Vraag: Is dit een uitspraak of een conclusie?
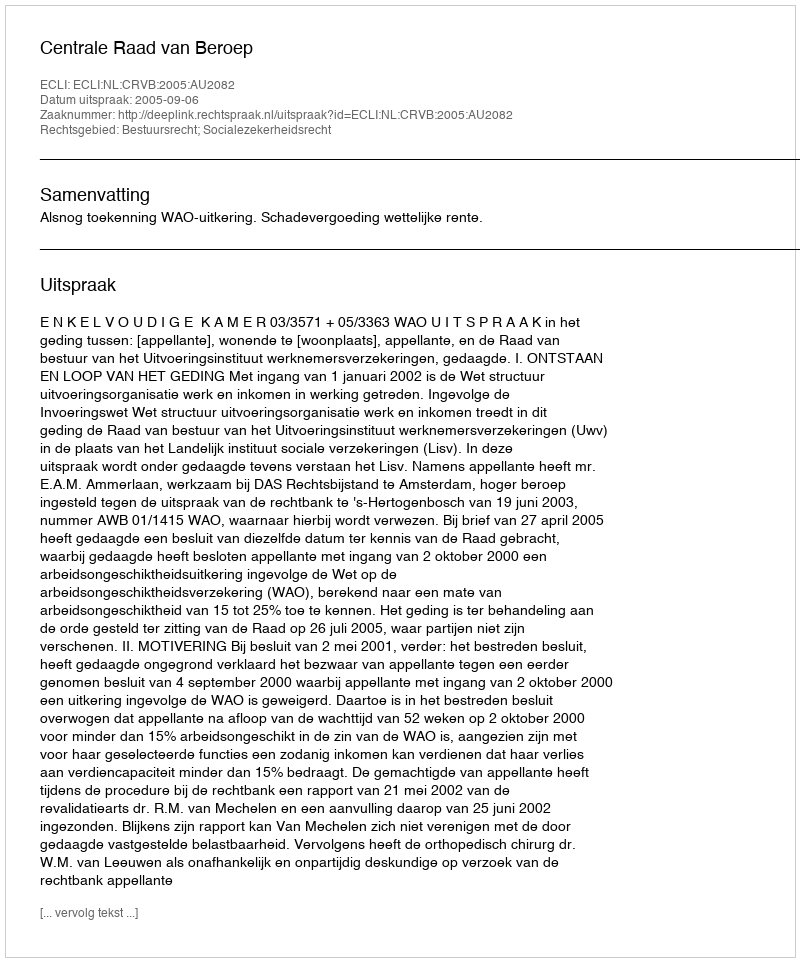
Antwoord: Uitspraak